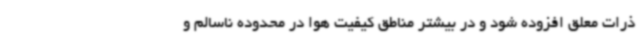
ذرات معلق افزوده شود و در بیشتر مناطق کیفیت هوا در محدوده ناسالم و